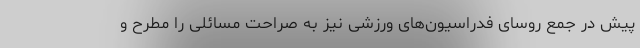
پیش در جمع روسای فدراسیون‌های ورزشی نیز به صراحت مسائلی را مطرح و